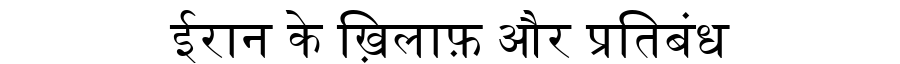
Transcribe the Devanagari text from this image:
ईरान के ख़िलाफ़ और प्रतिबंध